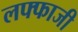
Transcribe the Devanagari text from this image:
लफ्फाजी